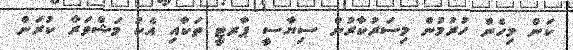
ކަން މިހެން ހުރުމުން މިސަރުކާރުން ސިޔާސީ ޕާރޓީ ތަކާއި އެކު މަޝްވަރާ ކުރަން